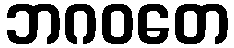
ဘဂဝတေ